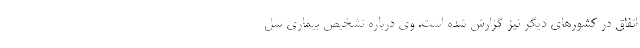
اتفاق در کشورهای دیگر نیز گزارش شده است. وی درباره تشخیص بیماری سل